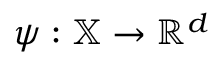
\psi : \mathbb { X } \to \mathbb { R } ^ { d }